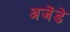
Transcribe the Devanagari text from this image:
अजेंडे